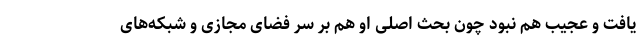
یافت و عجیب هم نبود چون بحث اصلی او هم بر سر فضای مجازی و شبکه‌های